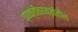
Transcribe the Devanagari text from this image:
व्यक्तीव्यक्तींतील